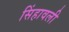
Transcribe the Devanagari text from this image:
सिंहावली